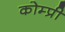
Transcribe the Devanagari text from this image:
कोम्प्री